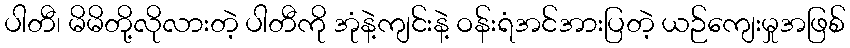
ပါတီ၊ မိမိတို့လိုလားတဲ့ ပါတီကို အုံနဲ့ကျင်းနဲ့ ဝန်းရံအင်အားပြတဲ့ ယဉ်ကျေးမှုအဖြစ်